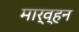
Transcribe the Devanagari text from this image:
मार्व्हन